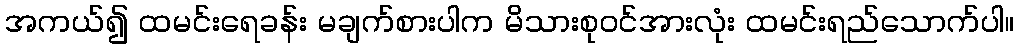
အကယ်၍ ထမင်းရေခန်း မချက်စားပါက မိသားစုဝင်အားလုံး ထမင်းရည်သောက်ပါ။